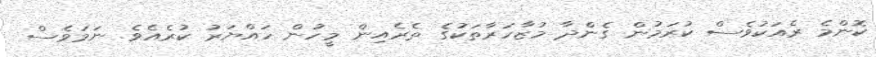
ކޮންމެ ރެއަކުވެސް ކުރަމުން ގެންދާ މުޒާހަރާތަކުގެ ތެރެއިން މީހުން ހައްޔަރު ކުރެއެވެ. ނަމަވެސް